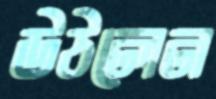
উঠলেন